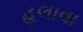
હલાવા